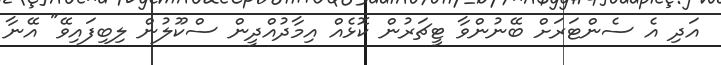
އަދި އެ ސެންޓަރަށް ބޭނުންވާ ޓީޗަރުން ކޮޅެއް އިމާދުއްދީން ސްކޫލުން ލިބިފައިވޭ" އޭނާ